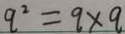
q ^ { 2 } = q \times q